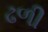
ઢળી